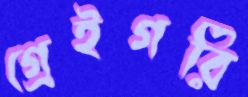
গ্রেইগরি